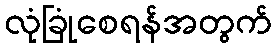
လုံခြုံစေရန်အတွက်